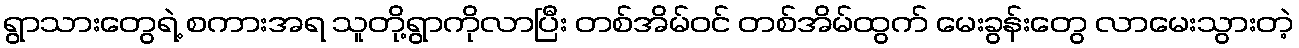
ရွာသားတွေရဲ့ စကားအရ သူတို့ရွာကိုလာပြီး တစ်အိမ်ဝင် တစ်အိမ်ထွက် မေးခွန်းတွေ လာမေးသွားတဲ့